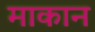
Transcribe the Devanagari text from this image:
माकान